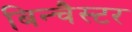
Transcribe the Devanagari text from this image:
बिन्चैस्टर